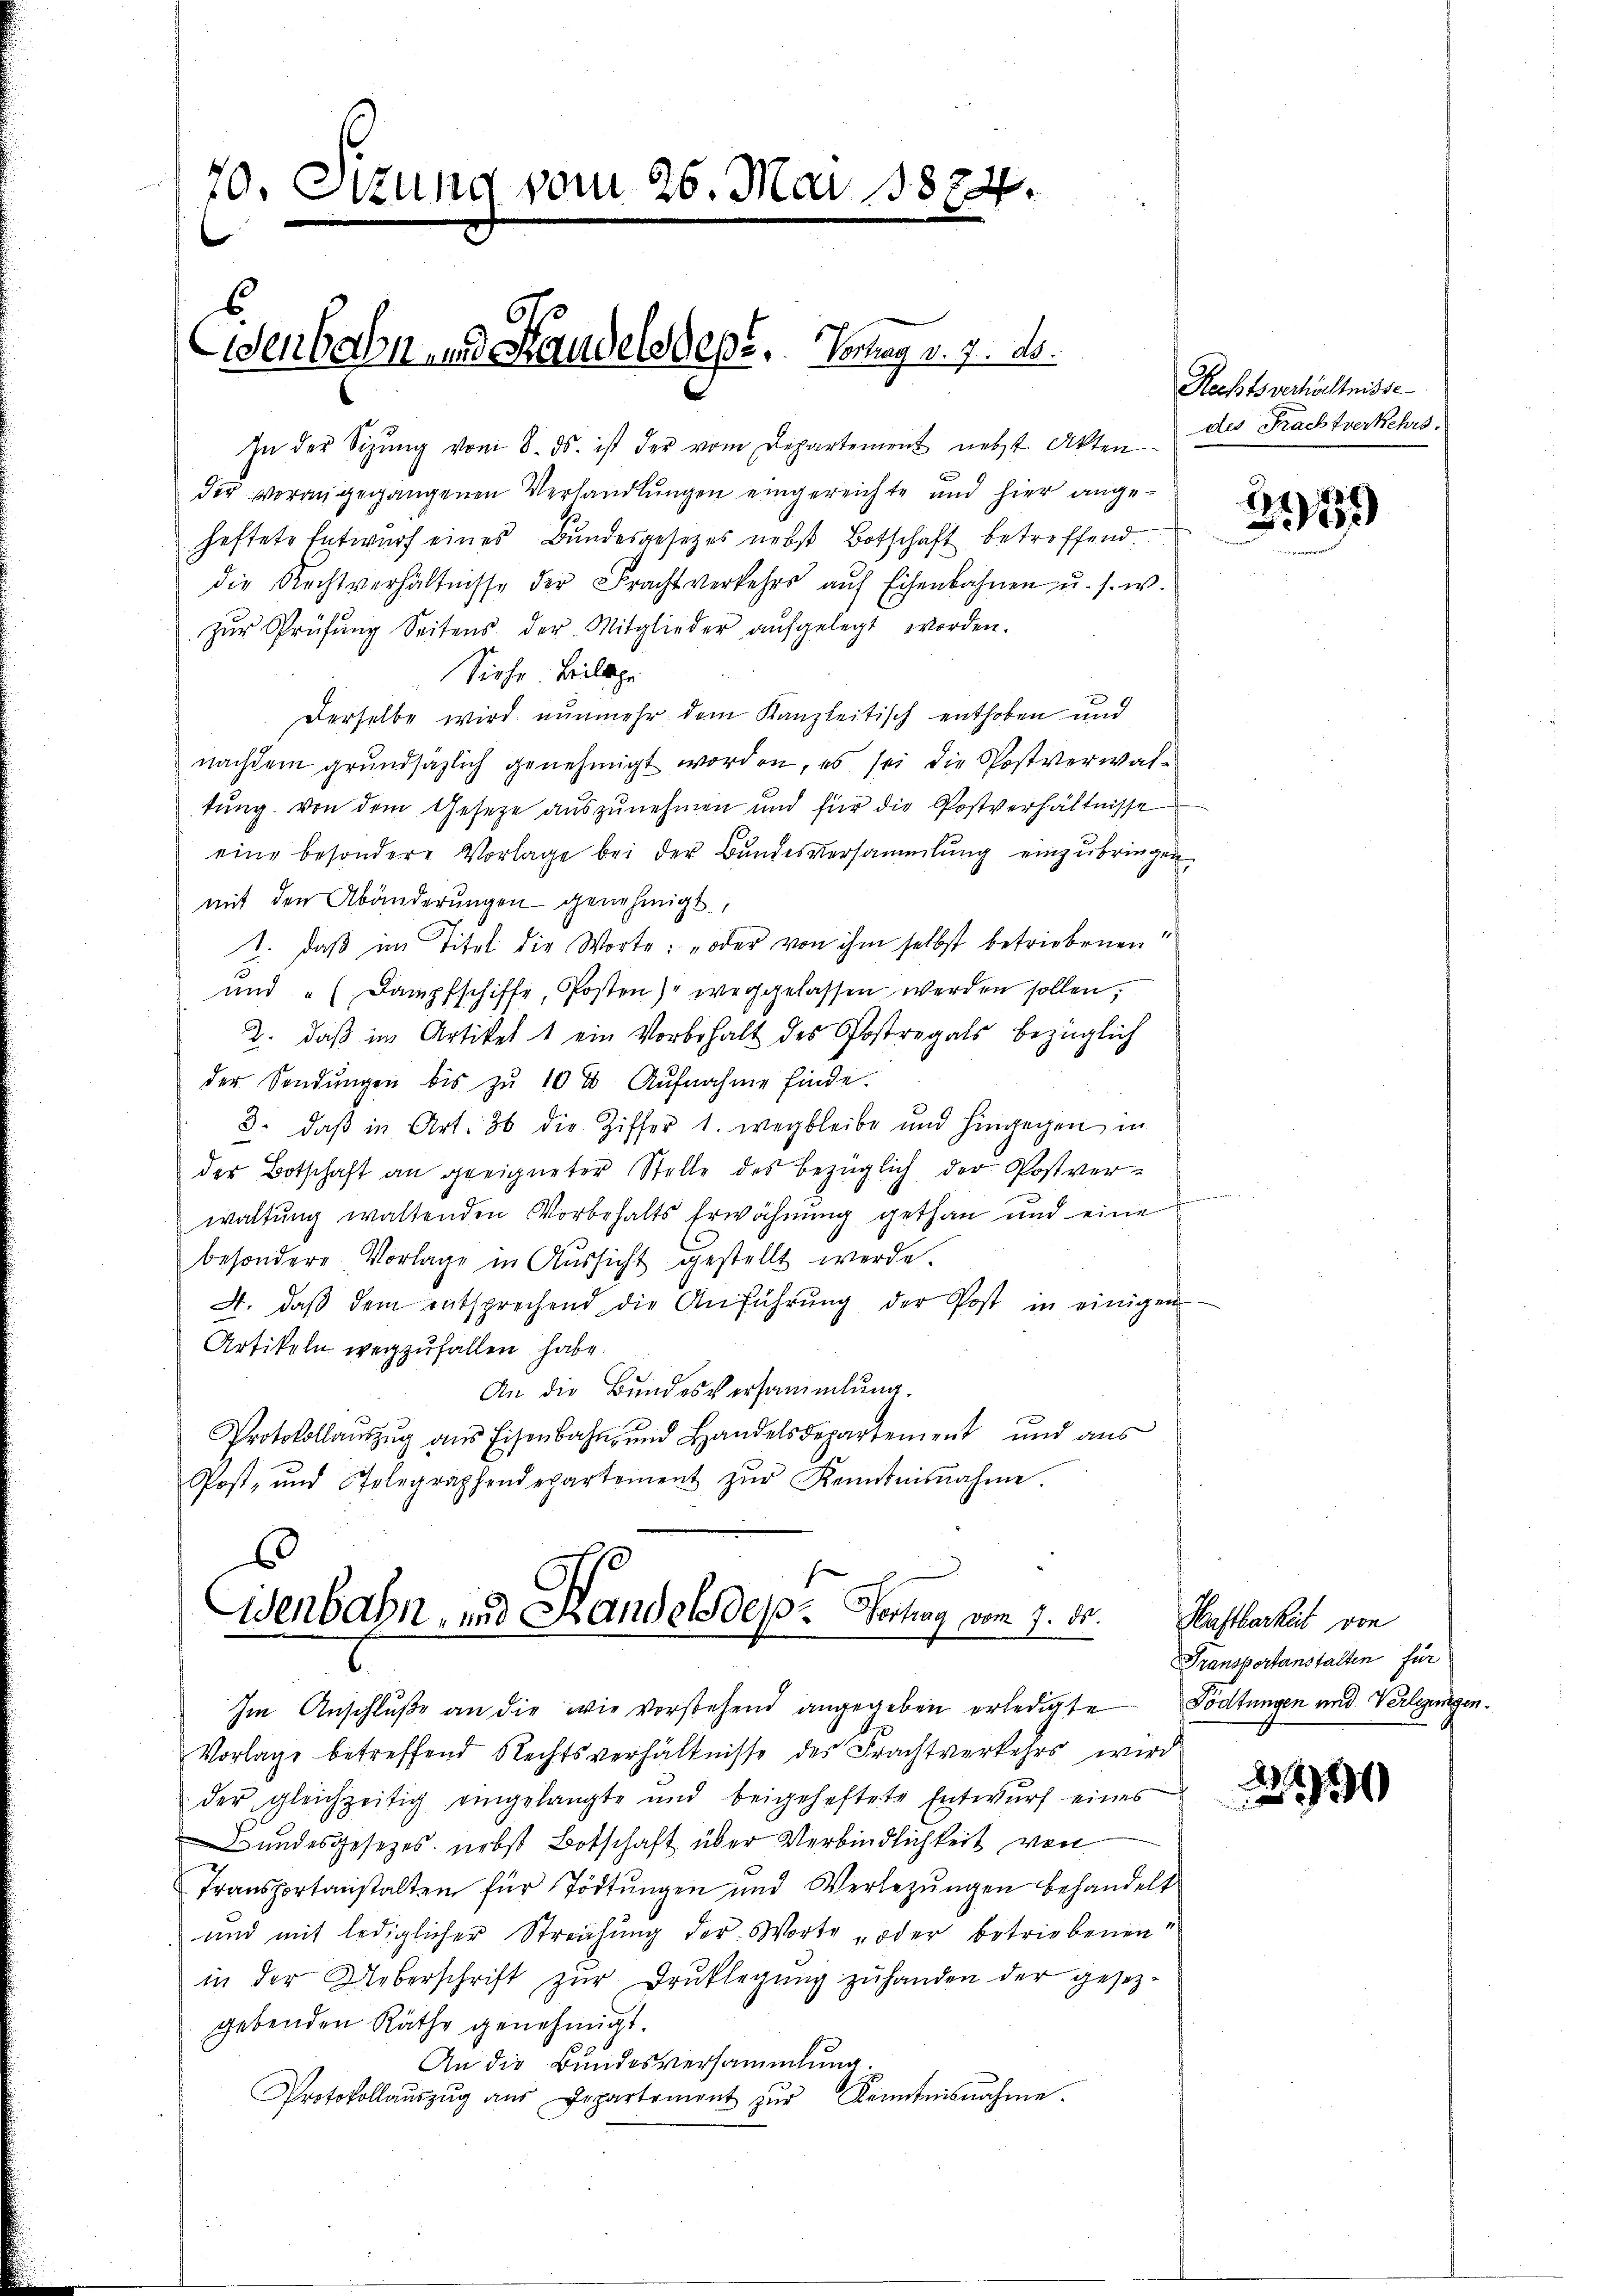
70. Itzung vom 26. Mai 18874.

Eisenbahn und Standels deper. Comag v. 7. ds.

In der Sitzŭng vom 8. ds. ist der vom Departement nebst Akten der Frachtverkehrs.
der vorangegangenen Verhandlungen eingereichte und hier angeheftete Entwurf eines Bundesgesetzes nebst Botschaft betreffend.
die Rechtverhältnisse der Frachtverkehrs aŭf Eisenbahnen u. s. w.
zŭr Prüfŭng Seitens der Mitglieder aŭfgelegt worden.
Siehe Beilage
Derselbe wird nunmehr dem Kanzleitisch enthoben und
nachdem grundsätzlich genehmigt worden, es sei die Postverwaltung von dem Gesetze auszunehmen und für die Postverhältnisse
eine besondere Vorlage bei der Bundesversammlung einzubringen,
mit den Abänderungen genehmigt,
1. daß im Titel die Worte: „oder von ihm selbst betriebenen
und "(Dampfschiffe, Posten) weggelassen werden sollen,
2. daβ in Artikel 1 ein Vorbehalt des Postregals bezüglich
der Sendŭngen bis zu 10 % Aŭfnahme finde.
3. daβ in Art. 36 die Ziffer 1. wegbleibe und hingegen in
der Botschaft an geeigneter Stelle des bezüglich der Postver-
waltŭng waltenden Vorbehalts Erwähnung gethan und eine
besondere Vorlage in Aŭssicht gestellt werde.
A. daβ dem entsprechend die Anführŭng der Post in einigen
Artikeln wegzufallen habe.
An die Bundesversammlung.
Protokollaŭszŭg ans Eisenbahn und Handelsdepartement und aŭs
Post- und Stelegraphendepartement zŭr Kenntnisnahme.
.

Wenbahn, und Handels des Vortrag vom 7. ds.
Im Anschluße an die wie vorstehend angegeben erledigte Tödtungen und Verlegungen.

Vorlage betreffend Rechtsverhältnisse des Frachtverkehrs wird
der gleichzeitig eingelangte und beigeheftete Entwurf eines
Bundesgesetzes nebst Botschaft über Verbindlichkeit von
Transportanstalten für Tödtungen und Verlegŭngen behandelt
und mit lediglicher Streichŭng der Worte „oder betriebenen
in der Ueberschrift zur Druklegung zuhanden der gesezgebenden Räthe genehmigt.
An die Bundesversammlung.
Protokollaŭszŭg aŭs Departen zŭr Kenntnisnahme.

Rechtsverhältnisse

e
89

Haftbarkeit von
Transportanstalten für

A
990